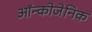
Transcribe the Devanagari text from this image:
ऑन्कोजेनिक